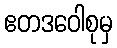
ဧတဒဝေါစုမှ